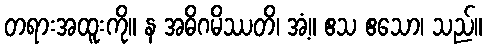
တရားအထူးကို။ န အဓိဂမိဿတိ၊ အံ့။ ဧသ ဧသော၊ သည်။